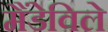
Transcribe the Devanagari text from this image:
मैंडेविले